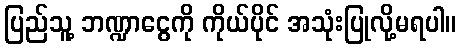
ပြည်သူ့ ဘဏ္ဍာငွေကို ကိုယ်ပိုင် အသုံးပြုလို့မရပါ။